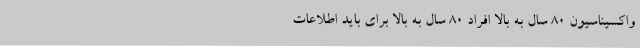
واکسیناسیون ۸۰ سال به بالا افراد ۸۰ سال به بالا برای باید اطلاعات